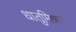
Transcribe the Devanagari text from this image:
धातुमिश्रण